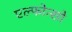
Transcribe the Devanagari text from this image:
एल्फोन्सो